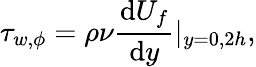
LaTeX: \tau_{w,\phi}=\rho\nu\frac{\mathrm{d}U_{f}}{\mathrm{d}y}|_{y=0,2h},